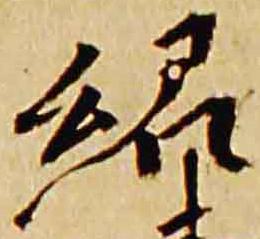
紹